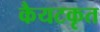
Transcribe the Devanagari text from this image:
कैयटकृत